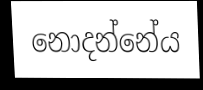
නොදන්නේය